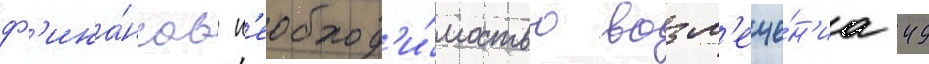
ф'ина́нсов н'еобход'и́мостью возм'еще́н'иа 49